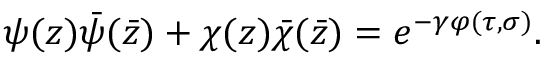
\psi ( z ) \bar { \psi } ( \bar { z } ) + \chi ( z ) \bar { \chi } ( \bar { z } ) = e ^ { - \gamma \varphi ( \tau , \sigma ) } .